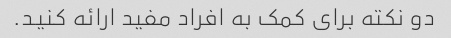
دو نکته برای کمک به افراد مفید ارائه کنید.